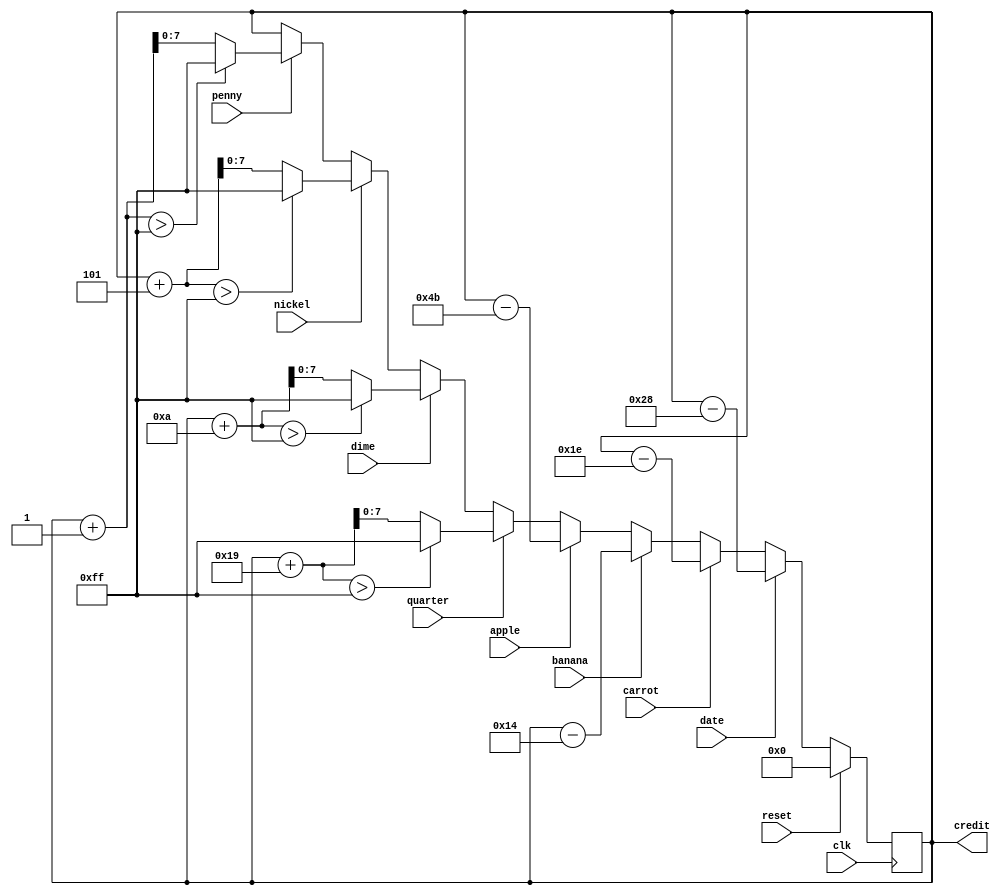
module PiggyBank(clk, reset, penny, nickel, dime, quarter, apple, banana, carrot, date, credit);
input clk, reset;
input penny, nickel, dime, quarter;
input apple, banana, carrot, date;
output reg [7:0] credit;

always@(posedge clk)begin
if(reset)begin
	credit <= 0;
end else begin
	if(penny)begin
		credit <= (credit + 1 > 255) ? 255 : credit + 1;
	end if(nickel) begin
		credit <= (credit + 5 > 255) ? 255 : credit + 5;
	end if(dime) begin
		credit <= (credit + 10 > 255) ? 255 : credit + 10;
	end if(quarter) begin
		credit <= (credit + 25 > 255) ? 255 : credit + 25;
	end if(apple) begin
		credit <= credit - 75;
	end if(banana) begin
		credit <= credit - 20;
	end if(carrot) begin
		credit <= credit - 30;
	end if(date) begin
		credit <= credit - 40;
	end
end
end
endmodule